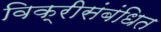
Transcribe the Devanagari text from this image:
विक्रीसंबंधित